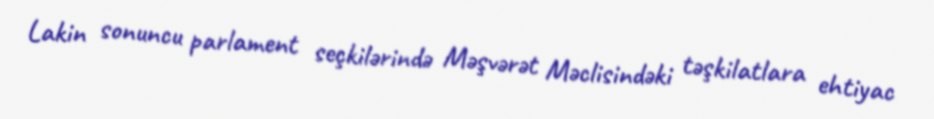
Lakin sonuncu parlament seçkilərində Məşvərət Məclisindəki təşkilatlara ehtiyac